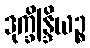
ဒုက္ခိန္ဒြိယဉ္စ